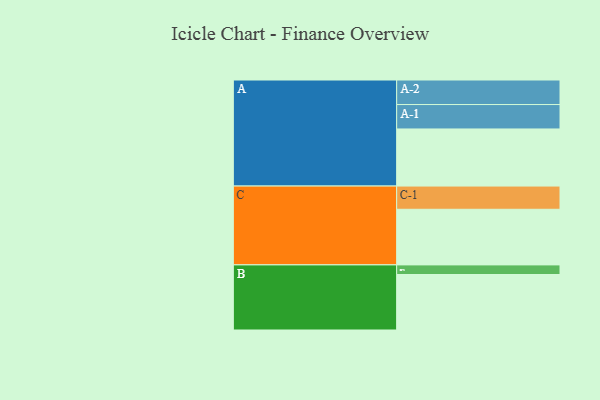
{"axis": {"x": "Segment", "y": "Value"}, "legend": ["", "A", "B", "C"], "data": [{"x": "A", "y": 428, "type": ""}, {"x": "B", "y": 416, "type": ""}, {"x": "C", "y": 417, "type": ""}, {"x": "A-1", "y": 183, "type": "A"}, {"x": "A-2", "y": 184, "type": "A"}, {"x": "B-1", "y": 72, "type": "B"}, {"x": "C-1", "y": 174, "type": "C"}]}